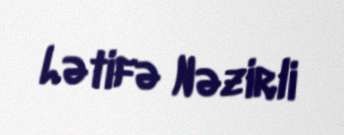
Lətifə Nəzirli